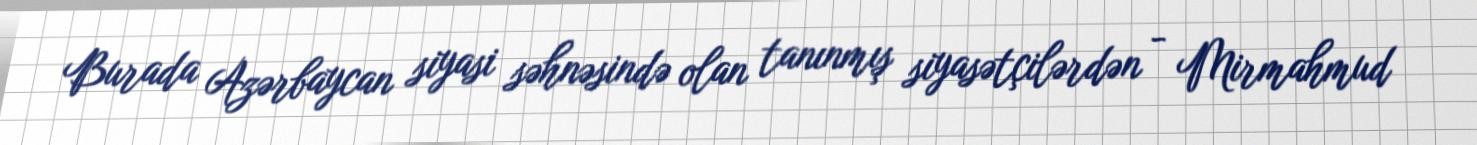
Burada Azərbaycan siyasi səhnəsində olan tanınmış siyasətçilərdən - Mirmahmud